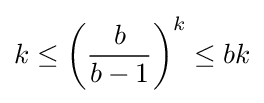
k\leq {\left({\frac {b}{b-1}}\right)}^{k}\leq bk